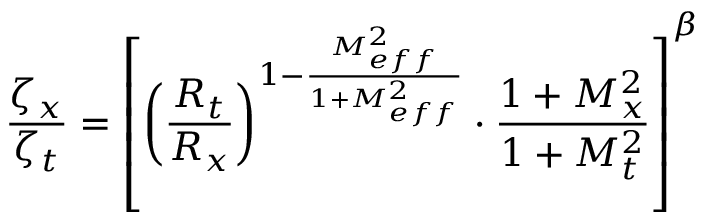
\frac { \zeta _ { x } } { \zeta _ { t } } = \left[ \left( \frac { R _ { t } } { R _ { x } } \right) ^ { 1 - \frac { M _ { e f f } ^ { 2 } } { 1 + M _ { e f f } ^ { 2 } } } \cdot \frac { 1 + M _ { x } ^ { 2 } } { 1 + M _ { t } ^ { 2 } } \right] ^ { \beta }